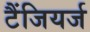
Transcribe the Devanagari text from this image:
टैंजियर्ज